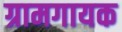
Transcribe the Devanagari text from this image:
ग्रामगायक